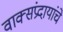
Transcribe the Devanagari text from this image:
वाक्संप्रदायांचे